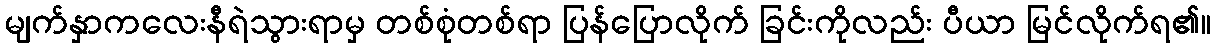
မျက်နှာကလေးနီရဲသွားရာမှ တစ်စုံတစ်ရာ ပြန်ပြောလိုက် ခြင်းကိုလည်း ပီယာ မြင်လိုက်ရ၏။